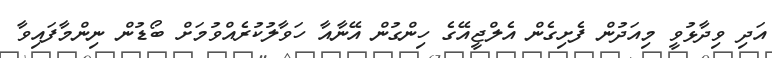
އަދި ވިދާޅުވީ މިއަދުން ފެށިގެން އެލްޖީއޭގެ ހިންގުން އޭނާއާ ހަވާލުކުރެއްވުމަށް ބޯޑުން ނިންމާފައިވާ